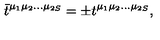
\bar { t } ^ { \mu _ { 1 } \mu _ { 2 } \ldots \mu _ { 2 S } } = \pm t ^ { \mu _ { 1 } \mu _ { 2 } \ldots \mu _ { 2 S } } ,